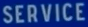
SERVICE